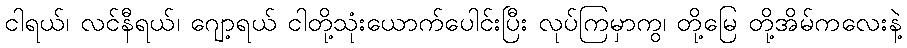
ငါရယ်၊ လင်နီရယ်၊ ဂျော့ရယ် ငါတို့သုံးယောက်ပေါင်းပြီး လုပ်ကြမှာကွ၊ တို့မြေ တို့အိမ်ကလေးနဲ့